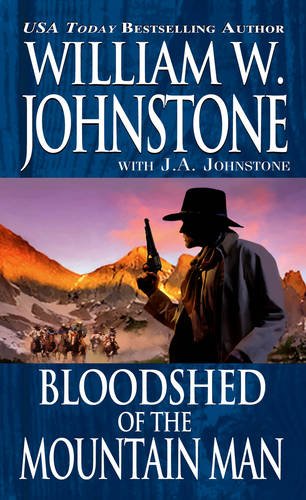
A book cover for Bloodshed of the Mountain Man; William W. Johnstone; Literature & Fiction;